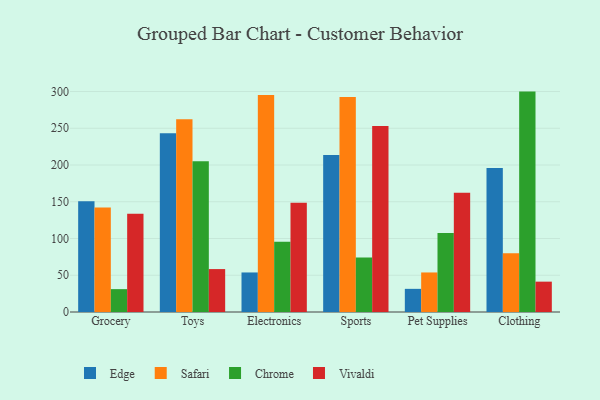
{"axis": {"x": "Category", "y": "Energy Usage (MWh)"}, "legend": ["Chrome", "Edge", "Safari", "Vivaldi"], "data": [{"x": "Grocery", "y": 150.7, "type": "Edge"}, {"x": "Grocery", "y": 142.2, "type": "Safari"}, {"x": "Grocery", "y": 31.1, "type": "Chrome"}, {"x": "Grocery", "y": 133.6, "type": "Vivaldi"}, {"x": "Toys", "y": 243.3, "type": "Edge"}, {"x": "Toys", "y": 262.2, "type": "Safari"}, {"x": "Toys", "y": 205.1, "type": "Chrome"}, {"x": "Toys", "y": 58.4, "type": "Vivaldi"}, {"x": "Electronics", "y": 53.8, "type": "Edge"}, {"x": "Electronics", "y": 295.2, "type": "Safari"}, {"x": "Electronics", "y": 95.5, "type": "Chrome"}, {"x": "Electronics", "y": 148.8, "type": "Vivaldi"}, {"x": "Sports", "y": 213.6, "type": "Edge"}, {"x": "Sports", "y": 292.5, "type": "Safari"}, {"x": "Sports", "y": 74.0, "type": "Chrome"}, {"x": "Sports", "y": 253.0, "type": "Vivaldi"}, {"x": "Pet Supplies", "y": 31.5, "type": "Edge"}, {"x": "Pet Supplies", "y": 53.8, "type": "Safari"}, {"x": "Pet Supplies", "y": 107.6, "type": "Chrome"}, {"x": "Pet Supplies", "y": 162.1, "type": "Vivaldi"}, {"x": "Clothing", "y": 196.0, "type": "Edge"}, {"x": "Clothing", "y": 79.9, "type": "Safari"}, {"x": "Clothing", "y": 299.9, "type": "Chrome"}, {"x": "Clothing", "y": 41.3, "type": "Vivaldi"}]}